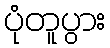
ပုံတူပွား